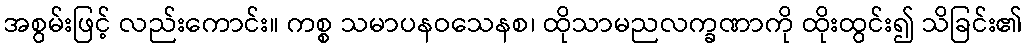
အစွမ်းဖြင့် လည်းကောင်း။ ကစ္စ သမာပနဝသေနစ၊ ထိုသာမညလက္ခဏာကို ထိုးထွင်း၍ သိခြင်း၏